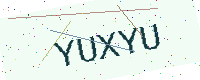
Text: YUXYU